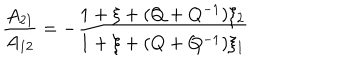
\frac { A _ { 2 1 } } { A _ { 1 2 } } = - \frac { 1 + \xi + ( Q + Q ^ { - 1 } ) \xi _ { 2 } } { 1 + \xi + ( Q + Q ^ { - 1 } ) \xi _ { 1 } }